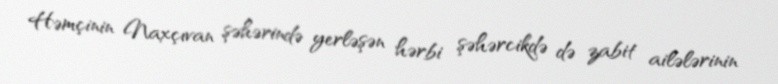
Həmçinin Naxçıvan şəhərində yerləşən hərbi şəhərcikdə də zabit ailələrinin